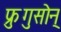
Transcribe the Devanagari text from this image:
फ्रुगुसोन्